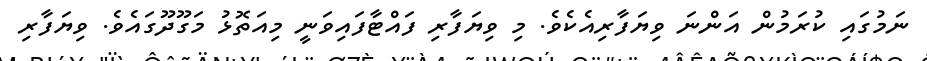
ނަމުގައި ކުރަމުން އަންނަ ވިޔަފާރިއެކެވެ. މި ވިޔަފާރި ފައްޓާފައިވަނީ މިއަތޮޅު މަގޫދޫގައެވެ. ވިޔަފާރި